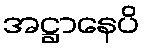
အဋ္ဌာနေပိ